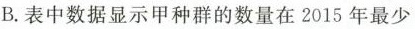
B. 表中数据显示甲种群的数量在2015年最少